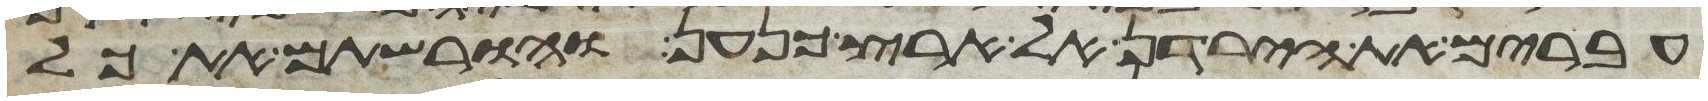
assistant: עברים את הירדן אל ארץ כנען והורשתם את כל